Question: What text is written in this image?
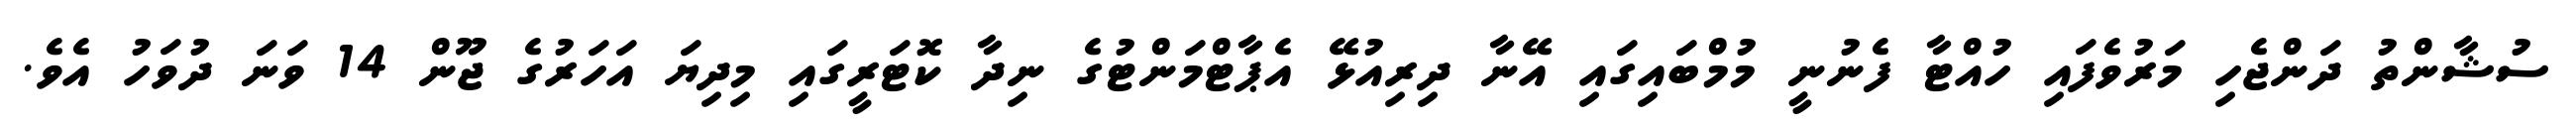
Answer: ސުޝާންތު ދަންޖެހި މަރުވެފައި ހުއްޓާ ފެނުނީ މުމްބައިގައި އޭނާ ދިރިއުޅޭ އެޕާޓްމަންޓުގެ ނިދާ ކޮޓަރީގައި މިދިޔަ އަހަރުގެ ޖޫން 14 ވަނަ ދުވަހު އެވެ.